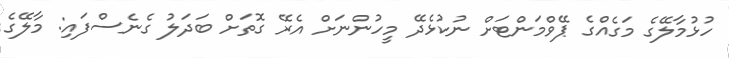
ހުޅުމާލޭގެ މަގެއްގެ ޕޭވްމަންޓަށް ނުކުޅެދޭ މީހުންނަށް އެރޭ ގޮތަށް ބަދަލު ގެނެސްފައި: މާލޭގެ